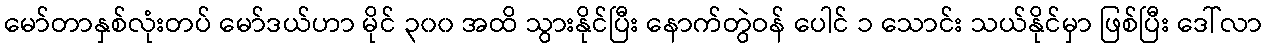
မော်တာနှစ်လုံးတပ် မော်ဒယ်ဟာ မိုင် ၃၀၀ အထိ သွားနိုင်ပြီး နောက်တွဲဝန် ပေါင် ၁ သောင်း သယ်နိုင်မှာ ဖြစ်ပြီး ဒေါ်လာ